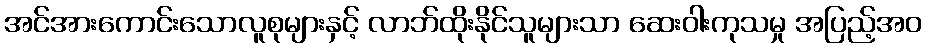
အင်အားကောင်းသောလူစုများနှင့် လာဘ်ထိုးနိုင်သူများသာ ဆေးဝါးကုသမှု အပြည့်အဝ